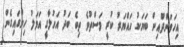
އިހަވަންދޫއިން ބަޔަކު ހައްޔަރު ކުރީ މަސްތުވެ ތިބެ ބަދު އަހުލާގީ އަމަލު ހިންގައިގެން